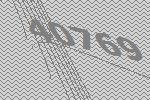
40769